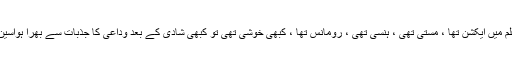
اس فلم میں ایکشن تھا ، مستی تھی ، ہنسی تھی ، رومانس تھا ، کبھی خوشی تھی تو کبھی شادی کے بعد وداعی کا جذبات سے بھرا ہواسین تھا۔